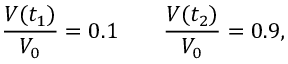
{ \frac { V ( t _ { 1 } ) } { V _ { 0 } } } = 0 . 1 \qquad { \frac { V ( t _ { 2 } ) } { V _ { 0 } } } = 0 . 9 ,